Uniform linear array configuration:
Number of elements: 32
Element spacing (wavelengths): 0.25
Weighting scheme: cosine
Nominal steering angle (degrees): -45
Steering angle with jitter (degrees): -45.114
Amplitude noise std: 0.05
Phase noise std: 0.05

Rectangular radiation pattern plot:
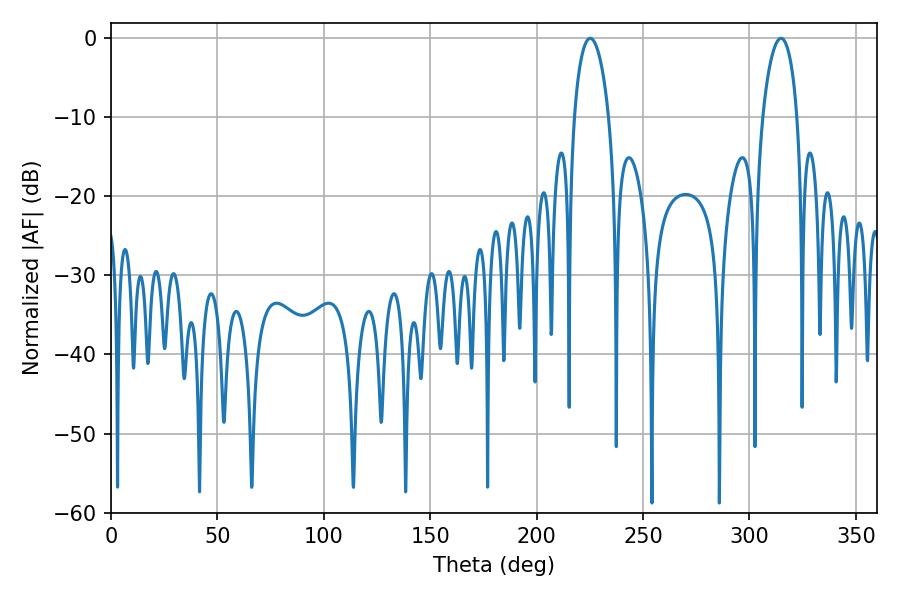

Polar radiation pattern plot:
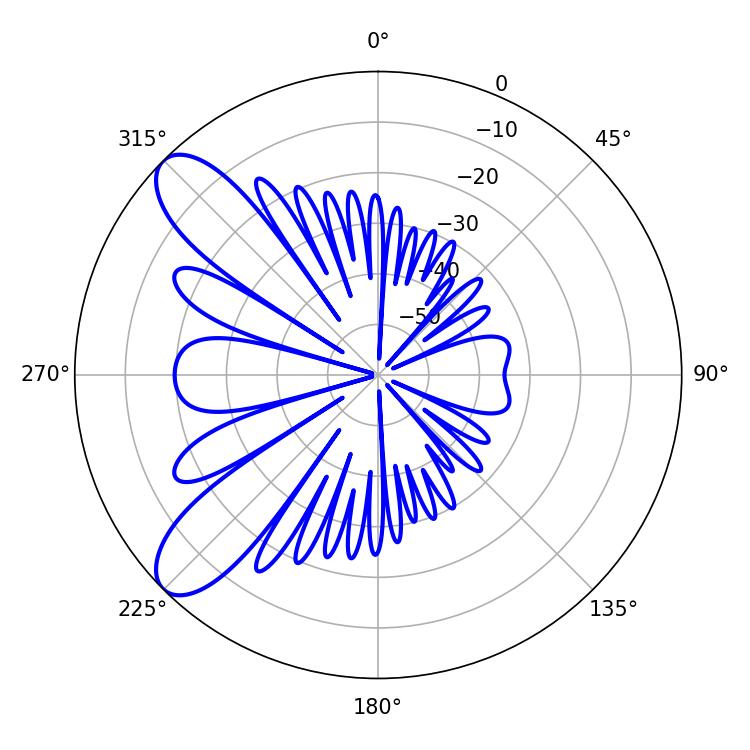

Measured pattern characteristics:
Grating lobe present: FALSE
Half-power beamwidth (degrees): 9.36
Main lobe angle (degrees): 225.18